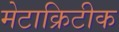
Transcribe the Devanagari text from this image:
मेटाक्रिटीक